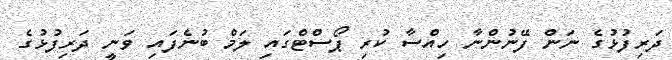
ދަރިފުޅުގެ ނަން ފޭނުންނާ ހިއްސާ ކުރި ޕޯސްޓްގައި ލަމް ބުނެފައި ވަނީ ދަރިފުޅުގެ